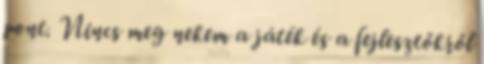
pont. Nincs meg nekem a játék és a fejlesztőkről